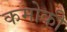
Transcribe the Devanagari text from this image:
कमोकी